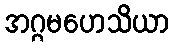
အဂ္ဂမဟေသိယာ